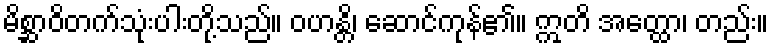
မိစ္ဆာဝိတက်သုံးပါးတို့သည်။ ဝဟန္တိ၊ ဆောင်ကုန်၏။ ဣတိ အတ္ထော၊ တည်း။